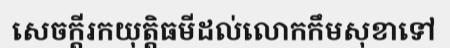
សេចក្តីរកយុត្តិធមីដល់លោកកឹមសុខាទៅ